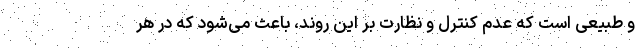
و طبیعی است که عدم کنترل و نظارت بر این روند، باعث می‌شود که در هر